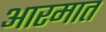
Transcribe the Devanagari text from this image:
आरमात